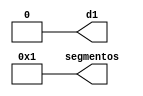
module S1A4(segmentos, d1);
	output reg [6:0] segmentos;
	output  d1;
	parameter [3:0] A = 4'b0000;
	
	always @(A) begin
		if(A == 4'b0000) segmentos = ~(7'b1111110);
		else segmentos = ~(7'b0000001);
	end
	assign d1 = 0;
endmodule